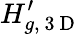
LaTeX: H_{g,\mathrm{~3~D~}}^{\prime}